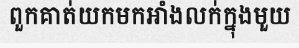
ពួកគាត់យកមកអាំងលក់ក្នុងមួយ